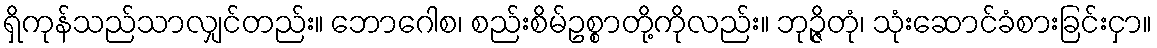
ရှိကုန်သည်သာလျှင်တည်း။ ဘောဂေါစ၊ စည်းစိမ်ဥစ္စာတို့ကိုလည်း။ ဘုဉ္ဇိတုံ၊ သုံးဆောင်ခံစားခြင်းငှာ။